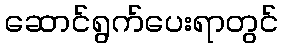
ဆောင်ရွက်ပေးရာတွင်